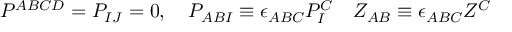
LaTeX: P ^ { A B C D } = P _ { I J } = 0 , \quad P _ { A B I } \equiv \epsilon _ { A B C } P _ { I } ^ { C } \quad Z _ { A B } \equiv \epsilon _ { A B C } Z ^ { C }